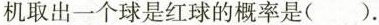
机取出一个球是红球的概率是()。